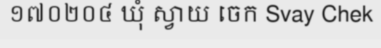
១៧០២០៤ ឃុំ ស្វាយ ចេក Svay Chek